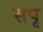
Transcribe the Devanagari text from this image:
सपृ